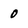
Character: 0